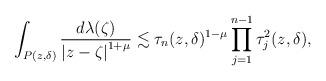
LaTeX: \begin{align*}\int_{P(z,\delta)}\frac{d\lambda(\zeta)}{\left|z-\zeta\right|^{1+\mu}}\lesssim\tau_{n}(z,\delta)^{1-\mu}\prod_{j=1}^{n-1}\tau_{j}^{2}(z,\delta),\end{align*}